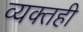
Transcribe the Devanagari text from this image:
व्‍यक्‍तही